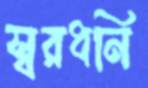
স্বরধনি